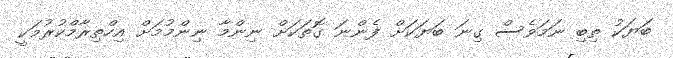
ބަޔަކު ތިބި ނަމަވެސް ގިނަ ބަޔަކަށް ފެންނަ ގޮތަކަށް ނިންމާ ނިންމުމަށް އިހްތިރާމްކުރުމަކީ